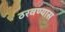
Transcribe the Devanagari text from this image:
ठरवण्यास